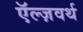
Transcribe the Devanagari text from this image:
ऍल्ज़वर्थ